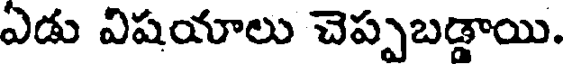
ఎడు విషయాలు చెప్పబడ్డాయి.